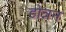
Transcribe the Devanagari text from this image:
डोन्नन